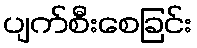
ပျက်စီးစေခြင်း